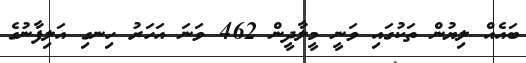
ބައެއް ލިޔުން ތަކުގައި ވަނީ މީލާދީން 462 ވަނަ އަހަރު ހިނގި އަލިފާނުގެ